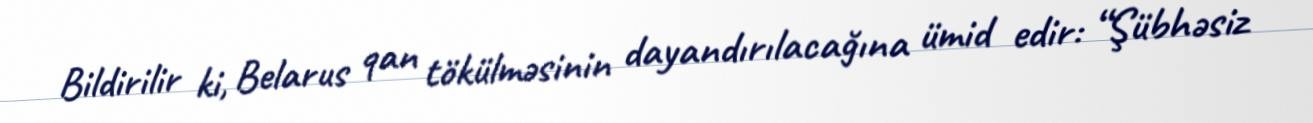
Bildirilir ki, Belarus qan tökülməsinin dayandırılacağına ümid edir: “Şübhəsiz